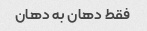
فقط دهان به دهان